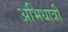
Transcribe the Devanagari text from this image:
अभिधात्री